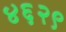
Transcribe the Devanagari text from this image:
४६२९